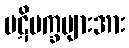
ပဋိပက္ခများအား